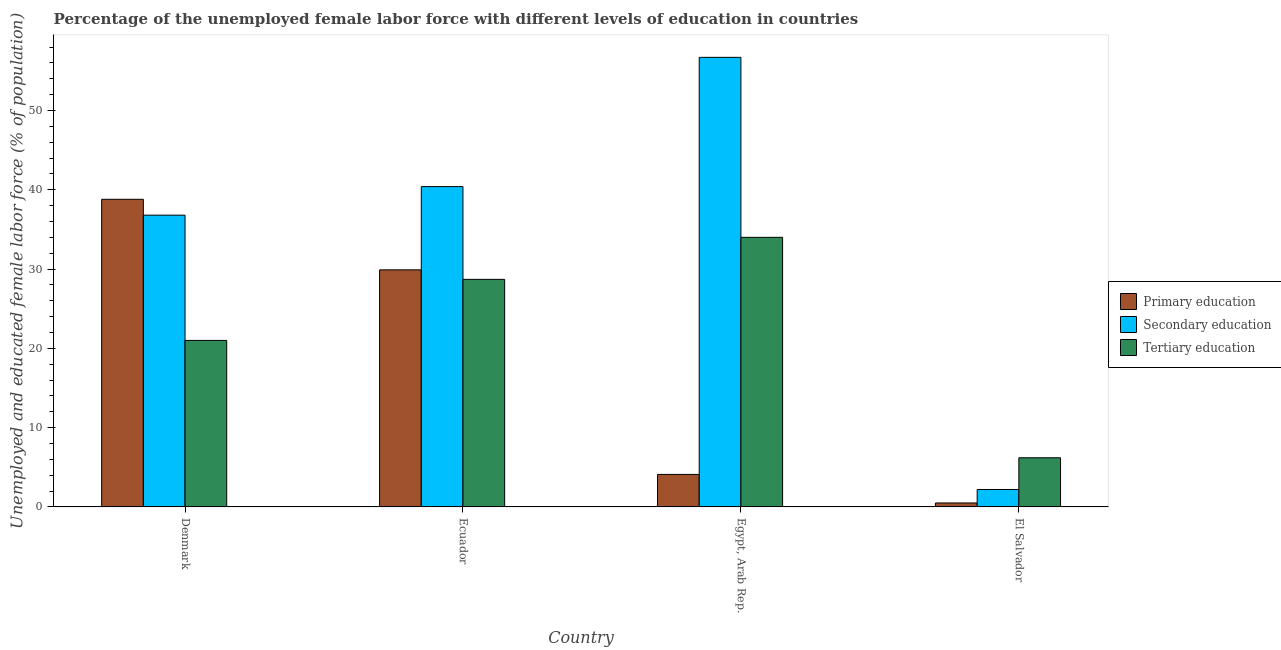
| Country | Primary education | Secondary education | Tertiary education |
 | --- | --- | --- | --- |
 | Denmark | 38.8 | 36.8 | 21 |
 | Ecuador | 29.9 | 40.4 | 28.7 |
 | Egypt, Arab Rep. | 4.1 | 56.7 | 34 |
 | El Salvador | 0.5 | 2.2 | 6.2 |